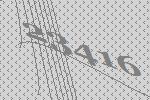
23416